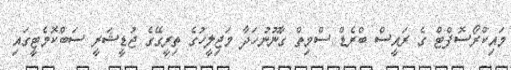
މައިކްރޯސޮފްޓް ގެ ރައީސް ބްރެޑް ސްމިތް ގާނޫނުހަދާ މަޖިލީހުގެ ތިރީގޭގެ ޖުޑީޝަރީ ސަބްކޮމެޓީގައި